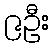
၉ဦး